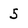
Character: 5